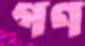
গণ